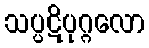
သပ္ပဋိပုဂ္ဂလော